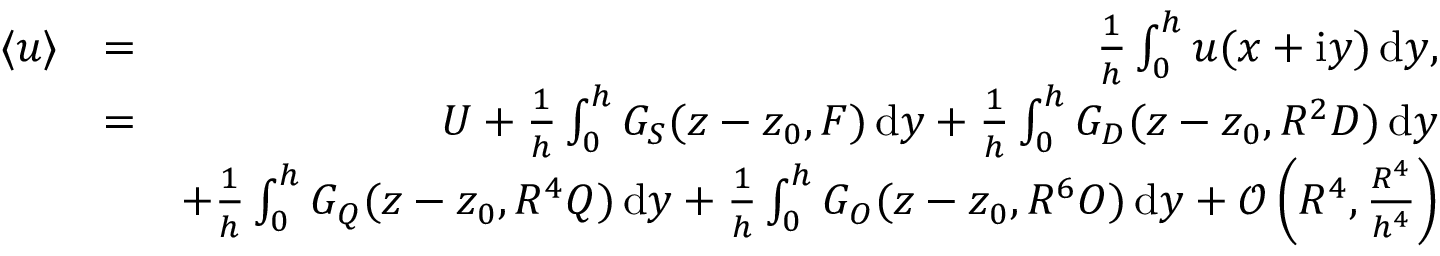
\begin{array} { r l r } { \langle u \rangle } & { = } & { \frac { 1 } { h } \int _ { 0 } ^ { h } u ( x + \mathrm { i } y ) \, \mathrm { d } y , } \\ & { = } & { U + \frac { 1 } { h } \int _ { 0 } ^ { h } G _ { S } ( z - z _ { 0 } , F ) \, \mathrm { d } y + \frac { 1 } { h } \int _ { 0 } ^ { h } G _ { D } ( z - z _ { 0 } , R ^ { 2 } D ) \, \mathrm { d } y } \\ & { } & { + \frac { 1 } { h } \int _ { 0 } ^ { h } G _ { Q } ( z - z _ { 0 } , R ^ { 4 } Q ) \, \mathrm { d } y + \frac { 1 } { h } \int _ { 0 } ^ { h } G _ { O } ( z - z _ { 0 } , R ^ { 6 } O ) \, \mathrm { d } y + \mathcal { O } \left( R ^ { 4 } , \frac { R ^ { 4 } } { h ^ { 4 } } \right) } \end{array}